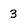
Character: 3